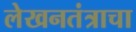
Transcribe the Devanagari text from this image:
लेखनतंत्राचा